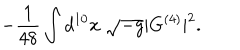
- \frac { 1 } { 4 8 } \int d ^ { 1 0 } x \; \sqrt { - g } | G ^ { ( 4 ) } | ^ { 2 } .